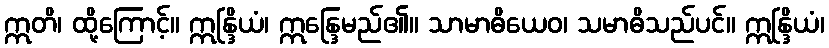
ဣတိ၊ ထို့ကြောင့်။ ဣန္ဒြိယံ၊ ဣန္ဒြေမည်၏။ သာမာဓိယေဝ၊ သမာဓိသည်ပင်။ ဣန္ဒြိယံ၊